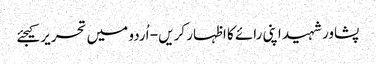
پشاورشہید اپنی رائے کا اظہار کریں - اُردو میں تحریر کیجئے